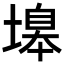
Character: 𡏻